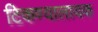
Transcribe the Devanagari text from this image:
टिकण्यालायक